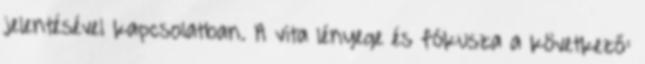
jelentésével kapcsolatban. A vita lényege és fókusza a következő: